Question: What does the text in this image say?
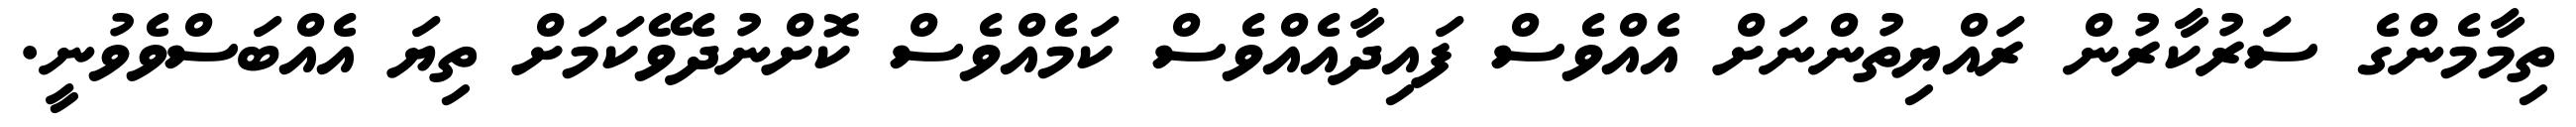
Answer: ތިމާމެންގެ ސަރުކާރުން ރައްޔިތުންނަށް އެއްވެސް ފައިދާއެއްވެސް ކަމެއްވެސް ކޮށްނުދެވޭކަމަށް ތިޔަ އެއްބަސްވެވުނީ.